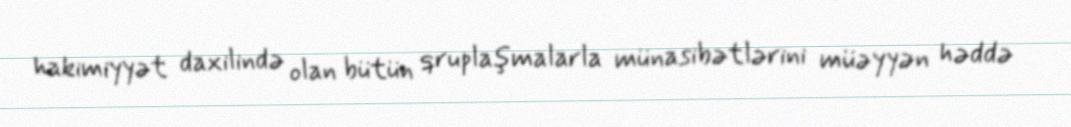
hakimiyyət daxilində olan bütün qruplaşmalarla münasibətlərini müəyyən həddə